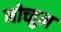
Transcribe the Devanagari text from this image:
नोच्तुम